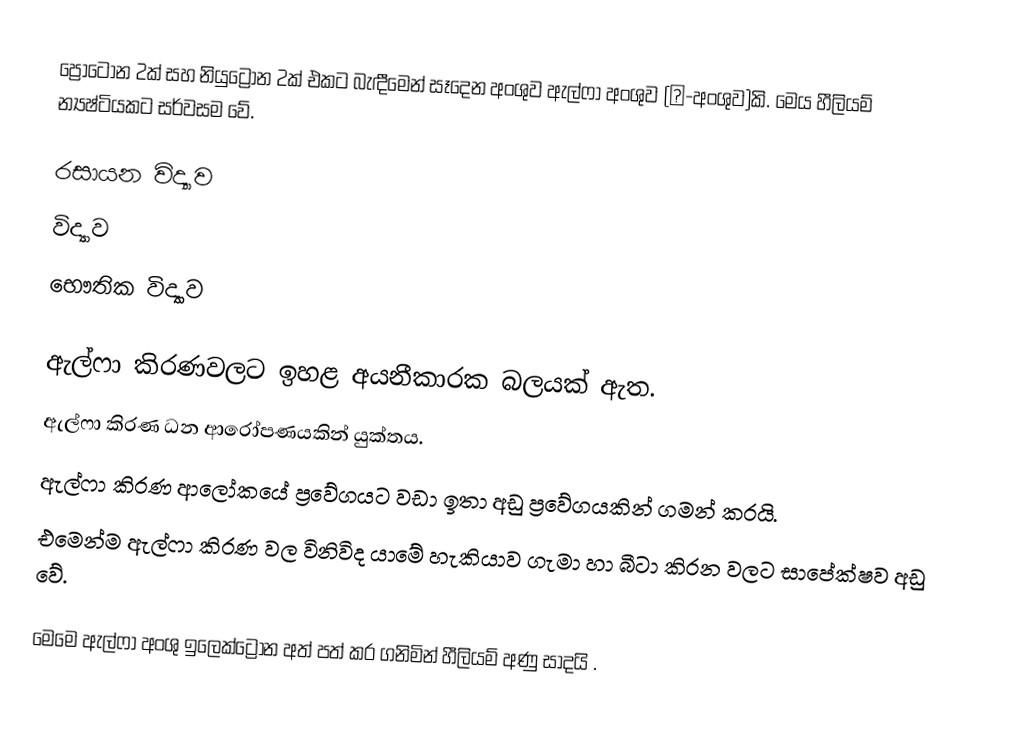
ප්‍රෝටෝන 2ක් සහ නියුට්‍රෝන 2ක් එකට බැඳීමෙන් සෑදෙන අංශුව ඇල්ෆා අංශුව (α-අංශුව)කි. මෙය හීලියම් න්‍යෂ්ටියකට සර්වසම වේ.

රසායන විද්‍යාව
විද්‍යාව
භෞතික විද්‍යාව

ඇල්ෆා කිරණවලට ඉහළ අයනීකාරක බලයක් ඇත.
ඇල්ෆා කිරණ ධන ආරෝපණයකින් යුක්තය.
ඇල්ෆා කිරණ ආලෝකයේ ප්‍රවේගයට වඩා ඉතා අඩු ප්‍රවේගයකින් ගමන් කරයි.
එමෙන්ම ඇල්ෆා කිරණ වල විනිවිද යාමේ හැකියාව ගැමා හා බීටා කිරන වලට සාපේක්ෂව අඩු වේ.

මෙමෙ ඇල්ෆා අංශු ඉලෙක්ට්‍රොන අත් පත් කර ගනිමින් හීලියම් අණු සාදයි .